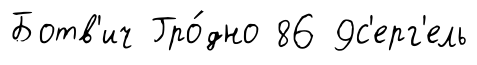
Ботв'ич Гро́дно 86 9с'ерг'ель